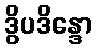
ဒွိပဒိန္ဒော